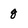
Character: 8